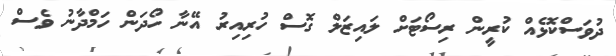
ދުވަސްކޮޅެއް ކުރީން ރިސޯޓަށް ލައިޒަލް ގޮސް ހުރިއިރު އޭނާ ހޯދަން ހަމްދާނު ވެސް